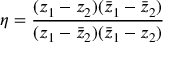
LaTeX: \eta = \frac { ( z _ { 1 } - z _ { 2 } ) ( \bar { z } _ { 1 } - \bar { z } _ { 2 } ) } { ( z _ { 1 } - \bar { z } _ { 2 } ) ( \bar { z } _ { 1 } - z _ { 2 } ) }